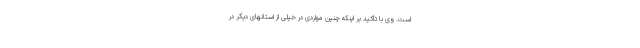
است. وی با تأکید بر اینکه چنین مواردی در خیلی از استانهای دیگر در